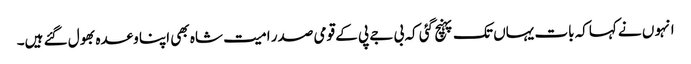
انہو ں نے کہاکہ بات یہاں تک پہنچ گئی کہ بی جے پی کے قومی صدر امیت شاہ بھی اپنا وعدہ بھول گئے ہیں۔